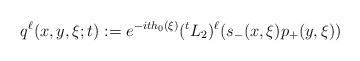
LaTeX: \begin{align*}q^\ell(x,y,\xi;t):=e^{-it h_0(\xi)}({}^tL_2)^\ell (s_-(x,\xi)p_+(y,\xi))\end{align*}